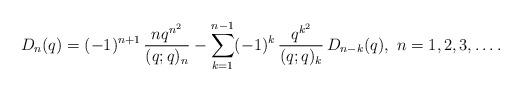
LaTeX: \begin{align*}D_{n}(q)=(-1)^{n+1}\,\frac{nq^{n^{2}}}{(q;q)_{n}}-\sum_{k=1}^{n-1}(-1)^{k}\,\frac{q^{k^{2}}}{(q;q)_{k}}\,D_{n-k}(q),\ n=1,2,3,\ldots.\end{align*}